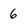
Character: 6